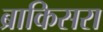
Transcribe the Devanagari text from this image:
ब्राकिसरा